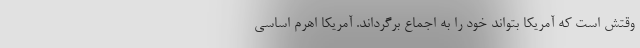
وقتش است که آمریکا بتواند خود را به اجماع برگرداند. آمریکا اهرم اساسی